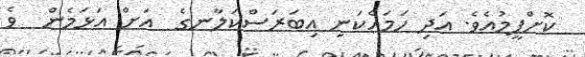
ކޮށްފީމުއެވެ. އަދި ހަމައެކަނި އިބަރަސްކަލާނގެ  އަށް އަޅަމެން  ވެ